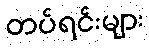
တပ်ရင်းများ